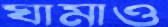
ঘামাও